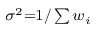
\scriptstyle \sigma ^ { 2 } = 1 / \sum w _ { i }